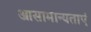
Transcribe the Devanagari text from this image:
आसामान्यताएं